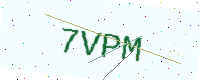
Text: 7VPM